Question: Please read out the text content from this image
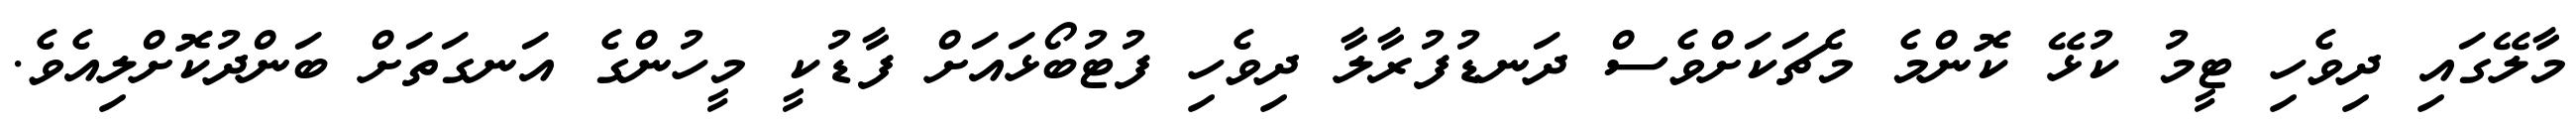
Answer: މާލޭގައި ދިވެހި ޓީމު ކުޅޭ ކޮންމެ މެޗަކަށްވެސް ދަނޑުފުރާލާ ދިވެހި ފުޓުބޯޅައަށް ފާޑުކީ މީހުންގެ އަނގަތަށް ބަންދުކޮށްލިއެވެ.